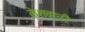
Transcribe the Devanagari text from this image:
केशवानी